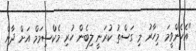
"އެހެންވީމަ މިހާރު މި ގަސްތު ކުރަނީ ލިބެން ހުރި މެކްސިމަމް އަށް ދާން